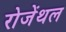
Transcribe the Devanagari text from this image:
रोजेंथल